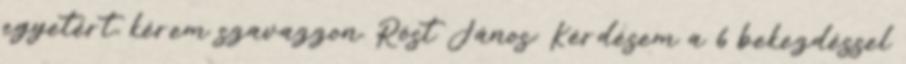
egyetért, kérem szavazzon. Röst János: Kérdésem a 6 bekezdéssel